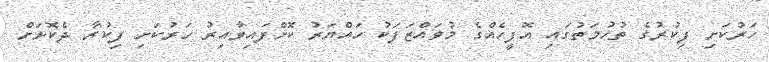
ހަރުކަށި ފިކުރުގެ ތުހުމަތުގައި އޮފީހެއްގެ މުވައްޒަފަކު ހައްޔަރު ކޮށްފައިވާއިރު ހަރުކަށި ފިކުރާ ދެކޮޅަށް